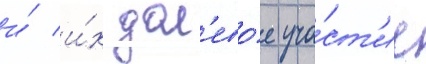
и́ и́х дол'ево́е уча́ст'ие